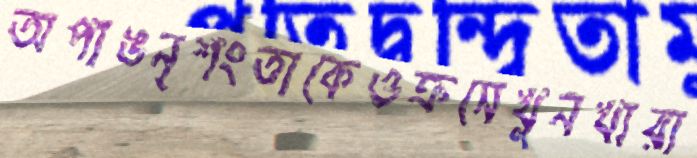
অপাঙনৃশংতাকেওক্রসেখুনখারা